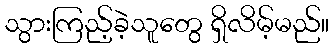
သွားကြည့်ခဲ့သူတွေ ရှိလိမ့်မည်။